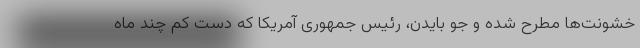
خشونت‌ها مطرح شده و جو بایدن، رئیس جمهوری آمریکا که دست کم‌ چند ماه